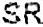
SR